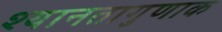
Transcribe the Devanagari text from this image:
श्यानतागुणाक